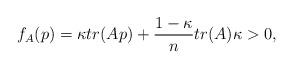
LaTeX: \begin{align*}f_A(p)=\kappa tr(Ap)+\frac{1-\kappa}{n}tr(A)\kappa>0,\end{align*}